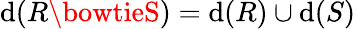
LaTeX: \mathrm{d}(R\bowtieS)=\mathrm{d}(R)\cup\mathrm{d}(S)